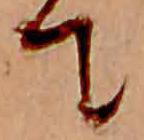
て